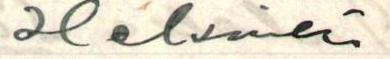
Helsinki